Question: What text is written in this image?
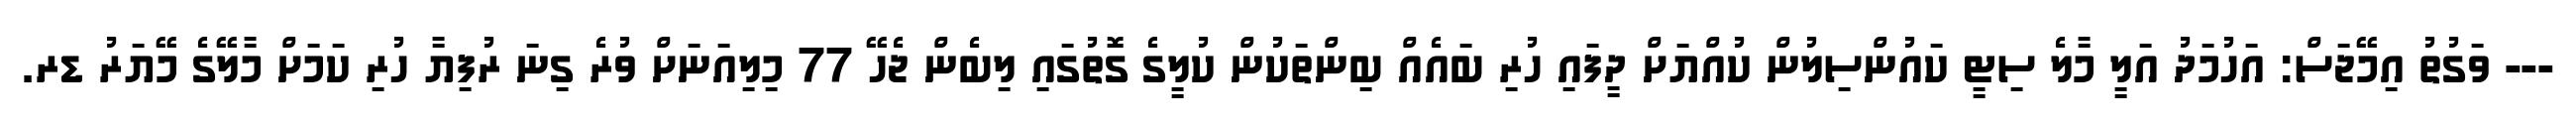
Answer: --- ވަގުތު އިމޭޖަސް: އަހުމަދު އަލީ މާލެ ސިޓީ ކައުންސިލުން ކުއްޔަށް ދީފައި ހުރި ބައެއް ބިންތަކުން ކުލީގެ ގޮތުގައި ލިބެން ޖެހޭ 77 މިލިއަނަށް ވުރެ ގިނަ ރުފިޔާ ހުރި ކަމަށް މާލޭގެ މޭޔަރު ޑރ.